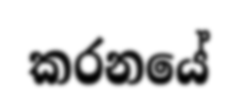
කරනයේ